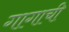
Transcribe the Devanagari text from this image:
गागाची